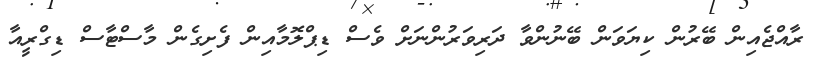
ރާއްޖެއިން ބޭރުން ކިޔަވަން ބޭނުންވާ ދަރިވަރުންނަށް ވެސް ޑިޕްލޮމާއިން ފެށިގެން މާސްޓާސް ޑިގްރީއާ